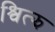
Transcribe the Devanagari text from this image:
श्वित्झ